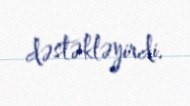
dəstəkləyirdi.